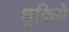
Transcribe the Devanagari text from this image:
शुक्रिये